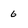
Character: 6